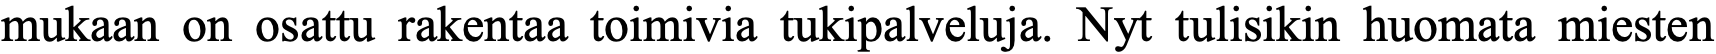
mukaan on osattu rakentaa toimivia tukipalveluja. Nyt tulisikin huomata miesten